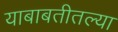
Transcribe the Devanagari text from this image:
याबाबतीतल्या